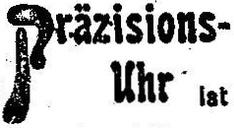
Präzisions-